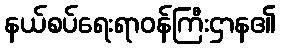
နယ်စပ်ရေးရာဝန်ကြီးဌာန၏